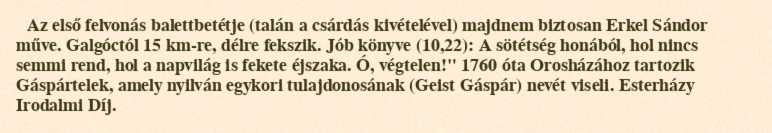
Az első felvonás balettbetétje (talán a csárdás kivételével) majdnem biztosan Erkel Sándor műve. Galgóctól 15 km-re, délre fekszik. Jób könyve (10,22): A sötétség honából, hol nincs semmi rend, hol a napvilág is fekete éjszaka. Ó, végtelen!" 1760 óta Orosházához tartozik Gáspártelek, amely nyilván egykori tulajdonosának (Geist Gáspár) nevét viseli. Esterházy Irodalmi Díj.